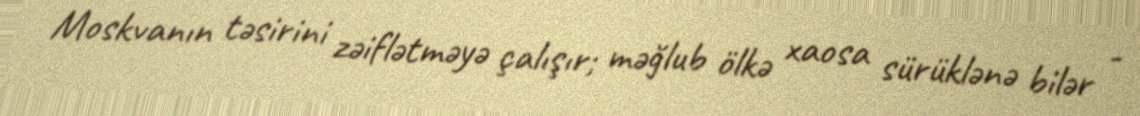
Moskvanın təsirini zəiflətməyə çalışır; məğlub ölkə xaosa sürüklənə bilər -